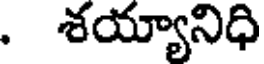
. శయ్యానిధి